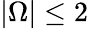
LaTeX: |\Omega|\le 2